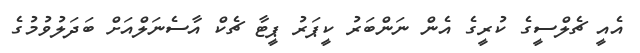
އެއީ ޗެލްސީގެ ކުރީގެ އެން ނަންބަރު ކީޕަރު ޕީޓާ ޗެކް އާސެނަލްއަށް ބަދަލުވުމުގެ